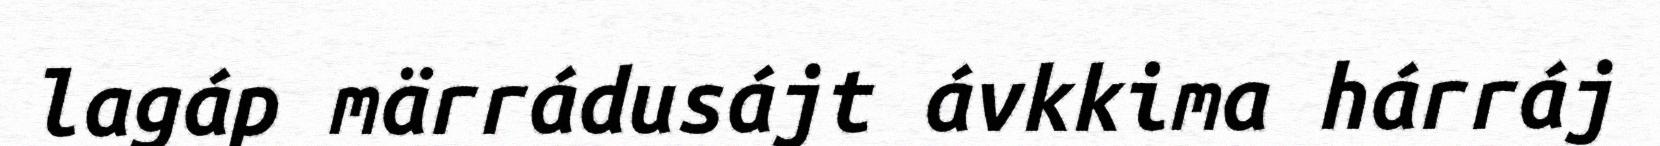
lagáp märrádusájt ávkkima hárráj